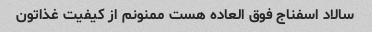
سالاد اسفناج فوق العاده هست ممنونم از کیفیت غذاتون